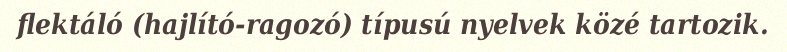
flektáló (hajlító-ragozó) típusú nyelvek közé tartozik.